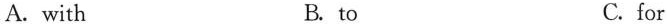
A.with B. to C. for